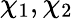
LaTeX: \chi_{1},\chi_{2}